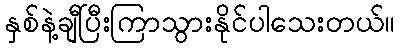
နှစ်နဲ့ချီပြီးကြာသွားနိုင်ပါသေးတယ်။